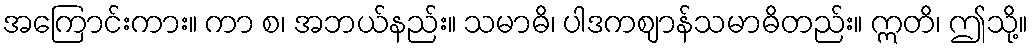
အကြောင်းကား။ ကာ စ၊ အဘယ်နည်း။ သမာဓိ၊ ပါဒကဈာန်သမာဓိတည်း။ ဣတိ၊ ဤသို့။